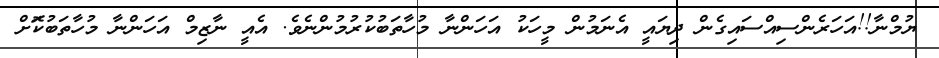
ޔުމްނާ!!އަހަރެންސިއްސައިގެން ދިޔައީ އެނަމުން މީހަކު އަހަންނާ މުހާތަބުކުރުމުންނެވެ. އެއީ ނާޒިމް އަހަންނާ މުހާތަބުކޮަށް